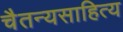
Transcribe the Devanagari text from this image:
चैतन्यसाहित्य